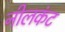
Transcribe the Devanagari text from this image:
नीलकंट